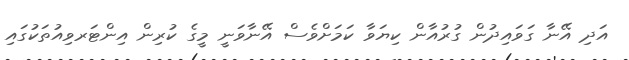
އަދި އޭނާ ގަވައިދުން ގުރުއާން ކިޔަވާ ކަމަށްވެސް އޭނާވަނީ މީގެ ކުރިން އިންޓަރވިއުތަކުގައި